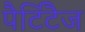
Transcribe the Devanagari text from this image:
पैर्टिटैज